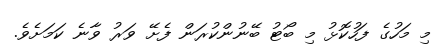
މި މަހުގެ ފަހުކޮޅު މި ބޯޓު ބޭނުންކުރަން ފެށޭ ވަރު ވާނެ ކަމަށެވެ.